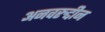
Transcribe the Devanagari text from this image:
अनवरुद्दीन